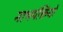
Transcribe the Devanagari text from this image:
नाभपंक्तियों